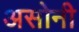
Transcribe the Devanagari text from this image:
असोनी